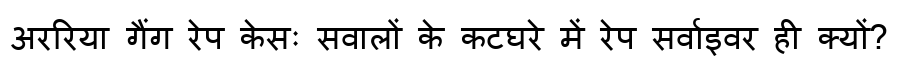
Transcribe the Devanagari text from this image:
अररिया गैंग रेप केसः सवालों के कटघरे में रेप सर्वाइवर ही क्यों?